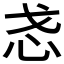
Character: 𫹳